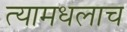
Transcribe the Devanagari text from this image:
त्यामधलाच